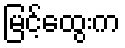
မြင့်ထွေးက